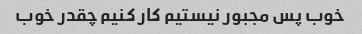
خوب پس مجبور نیستیم کار کنیم چقدر خوب